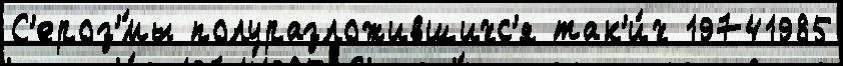
С'ероз'́мы полуразложившихс'я так'и́х 19741985